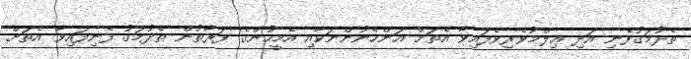
ތެދުމަގުފެނި އަދި ޢިލްމުވެރިވެފައިވާ އެތަށް އަންހެނުންނަކާއި އެމީހުންގެ ފަރާތުން ތެދުމަގު ފެނިފައިވާ އެތަށް